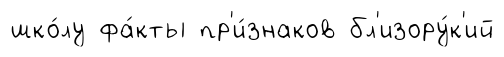
шко́лу фа́кты пр'и́знаков бл'изору́к'ий